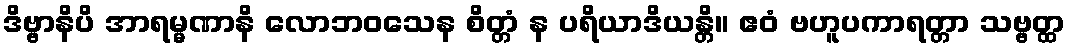
ဒိဗ္ဗာနိပိ အာရမ္မဏာနိ လောဘဝသေန စိတ္တံ န ပရိယာဒိယန္တိ။ ဧဝံ ဗဟူပကာရတ္တာ သဗ္ဗတ္ထ